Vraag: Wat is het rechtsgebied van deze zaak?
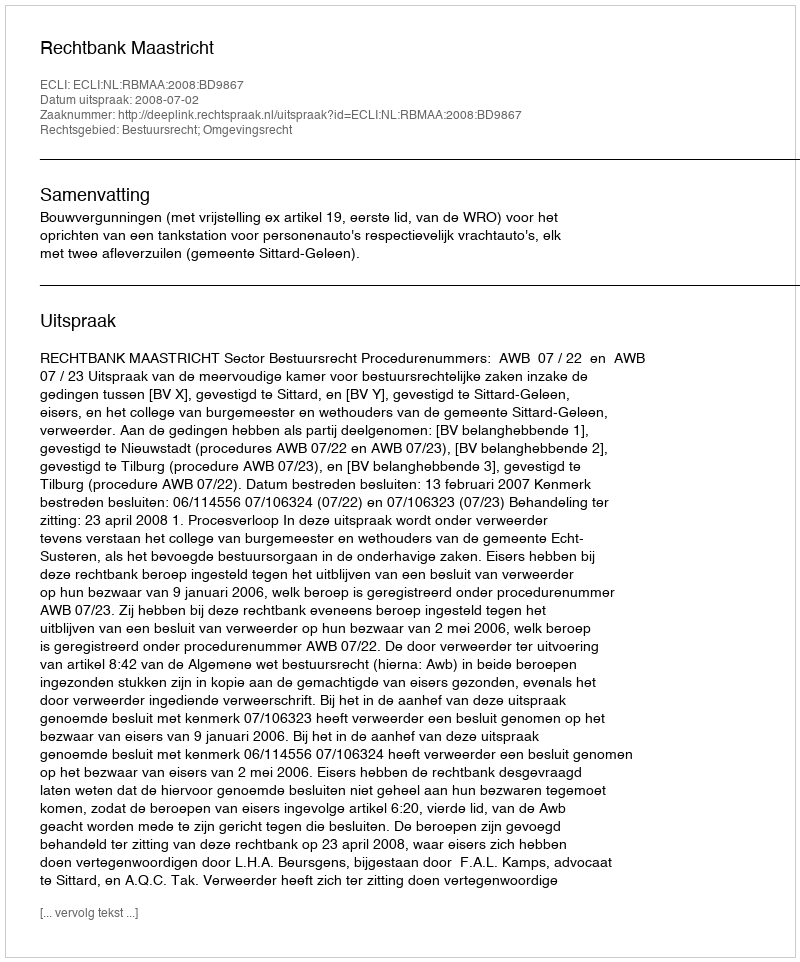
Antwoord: Bestuursrecht; Omgevingsrecht